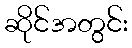
ဆိုင်အတွင်း